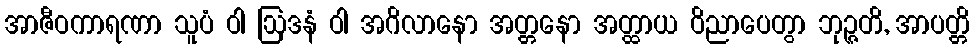
အာဇီဝကာရဏာ သူပံ ဝါ ဩဒနံ ဝါ အဂိလာနော အတ္တနော အတ္ထာယ ဝိညာပေတွာ ဘုဉ္ဇတိ, အာပတ္တိ